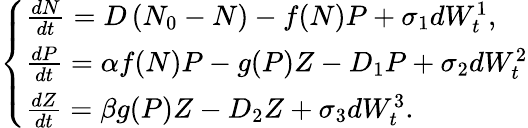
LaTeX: \left\{ \begin{array}{l}{\frac{dN}{dt}=D\left(N_{0}-N\right)-f(N)P+\sigma_{1}dW_{t}^{1},}\\ {\frac{dP}{dt}=\alpha f(N)P-g(P)Z-D_{1}P+\sigma_{2}dW_{t}^{2}}\\ {\frac{dZ}{dt}=\beta g(P)Z-D_{2}Z+\sigma_{3}dW_{t}^{3}.}\end{array}\right.